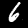
Label: 6